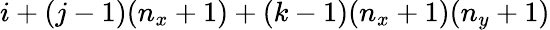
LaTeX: i+(j-1)(n_{x}+1)+(k-1)(n_{x}+1)(n_{y}+1)